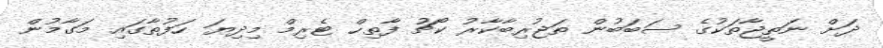
ދަށް ނަތީޖާތަކުގެ ސަބަބުން ތަޖުރިބާކާރު ކޯޗު ފާތިހް ޓެރިމް މިދިޔަ ހަފުތާގައި މަގާމުން